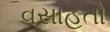
વસાહતો